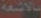
بالاشعة